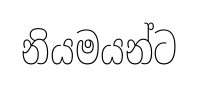
නියමයන්ට